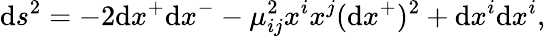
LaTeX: \mathrm{d}s^{2}=-2\mathrm{d}x^{+}\mathrm{d}x^{-}-\mu_{ij}^{2}x^{i}x^{j}(\mathrm{d}x^{+})^{2}+\mathrm{d}x^{i}\mathrm{d}x^{i},